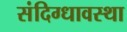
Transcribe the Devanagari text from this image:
संदिग्धावस्था